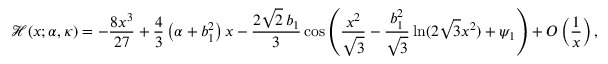
\mathcal { H } ( x ; \alpha , \kappa ) = - \frac { 8 x ^ { 3 } } { 2 7 } + \frac { 4 } { 3 } \left( \alpha + b _ { 1 } ^ { 2 } \right) x - \frac { 2 \sqrt { 2 } \, b _ { 1 } } { 3 } \cos \left( \frac { x ^ { 2 } } { \sqrt { 3 } } - \frac { b _ { 1 } ^ { 2 } } { \sqrt { 3 } } \ln ( 2 \sqrt { 3 } x ^ { 2 } ) + \psi _ { 1 } \right) + O \left( \frac { 1 } { x } \right) ,